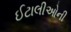
ઈટાલીઓની